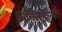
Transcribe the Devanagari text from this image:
थिल्लिकली